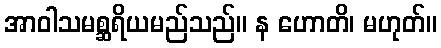
အာဝါသမစ္ဆရိယမည်သည်။ န ဟောတိ၊ မဟုတ်။